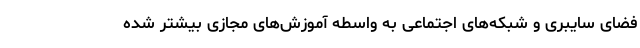
فضای سایبری و شبکه‌های اجتماعی به واسطه آموزش‌های مجازی بیشتر شده